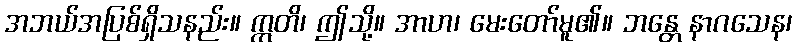
အဘယ်အပြစ်ရှိသနည်း။ ဣတိ၊ ဤသို့။ အာဟ၊ မေးတော်မူ၏။ ဘန္တေ နာဂသေန၊